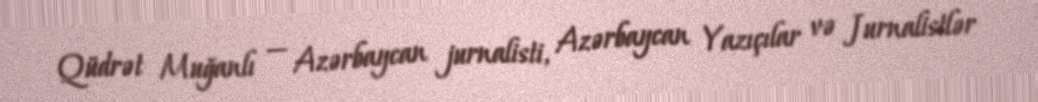
Qüdrət Muğanlı — Azərbaycan jurnalisti, Azərbaycan Yazıçılar və Jurnalistlər